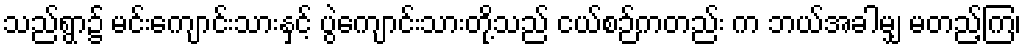
သည်ရွာ၌ မင်းကျောင်းသားနှင့် ပွဲကျောင်းသားတို့သည် ငယ်စဉ်ကတည်း က ဘယ်အခါမျှ မတည့်ကြ၊